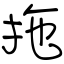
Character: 拖